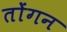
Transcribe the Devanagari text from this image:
तोंगन